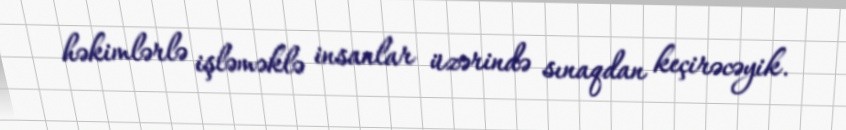
həkimlərlə işləməklə insanlar üzərində sınaqdan keçirəcəyik.